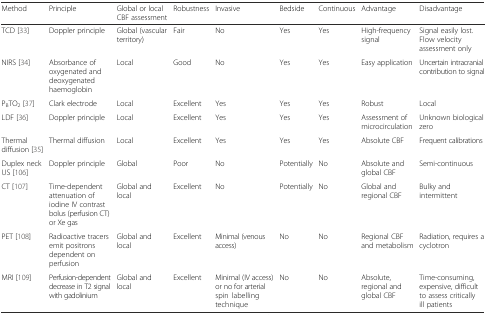
| Method | Principle | Global or local CBF assessment | Robustness | Invasive | Bedside | Continuous | Advantage | Disadvantage |
 | --- | --- | --- | --- | --- | --- | --- | --- | --- |
 | TCD [33] | Doppler principle | Global (vascular territory) | Fair | No | Yes | Yes | High-frequency signal | Signal easily lost. Flow velocity assessment only |
 | NIRS [34] | Absorbance of oxygenated and deoxygenated haemoglobin | Local | Good | No | Yes | Yes | Easy application | Uncertain intracranial contribution to signal |
 | PBTO2 [37] | Clark electrode | Local | Excellent | Yes | Yes | Yes | Robust | Local |
 | LDF [36] | Doppler principle | Local | Excellent | Yes | Yes | Yes | Assessment of microcirculation | Unknown biological zero |
 | Thermal diffusion [35] | Thermal diffusion | Local | Excellent | Yes | Yes | Yes | Absolute CBF | Frequent calibrations |
 | Duplex neck US [106] | Doppler principle | Global | Poor | No | Potentially | No | Absolute and global CBF | Semi-continuous |
 | CT [107] | Time-dependent attenuation of iodine IV contrast bolus (perfusion CT) or Xe gas | Global and local | Excellent | No | Potentially | No | Global and regional CBF | Bulky and intermittent |
 | PET [108] | Radioactive tracers emit positrons dependent on perfusion | Global and local | Excellent | Minimal (venous access) | No | No | Regional CBF and metabolism | Radiation, requires a cyclotron |
 | MRI [109] | Perfusion-dependent decrease in T2 signal with gadolinium | Global and local | Excellent | Minimal (IV access) or no for arterial spin labelling technique | No | No | Absolute, regional and global CBF | Time-consuming, expensive, difficult to assess critically ill patients |